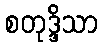
စတုဒ္ဒိသာ